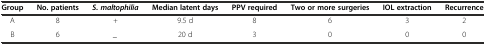
| Group | No. patients | S. maltophilia | Median latent days | PPV required | Two or more surgeries | IOL extraction | Recurrence |
 | --- | --- | --- | --- | --- | --- | --- | --- |
 | A | 8 | + | 9.5 d | 8 | 6 | 3 | 2 |
 | B | 6 | _ | 20 d | 3 | 0 | 0 | 0 |